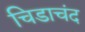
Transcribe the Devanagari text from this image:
चिडाचंद